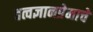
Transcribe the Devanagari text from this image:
तत्वज्ञानप्रेमाचे